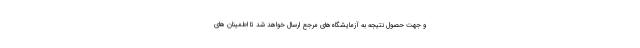
و جهت حصول نتیجه به آزمایشگاه‌های مرجع ارسال خواهد شد تا اطمینان های